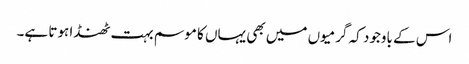
اس کے باوجود کہ گرمیوں میں بھی یہاں کا موسم بہت ٹھنڈا ہوتا ہے۔